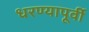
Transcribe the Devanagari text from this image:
धरण्यापूर्वी